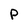
Character: P